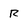
Character: R